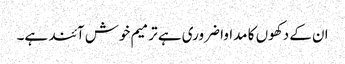
ان کے دکھوں کا مداوا ضروری ہے ترمیم خوش آئند ہے۔